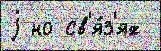
j но св'я́з'ях